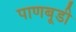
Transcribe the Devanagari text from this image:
पाणबूडी